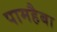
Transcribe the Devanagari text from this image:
पामहैबा